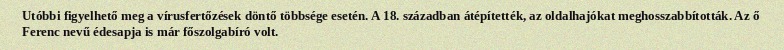
Utóbbi figyelhető meg a vírusfertőzések döntő többsége esetén. A 18. században átépítették, az oldalhajókat meghosszabbították. Az ő Ferenc nevű édesapja is már főszolgabíró volt.